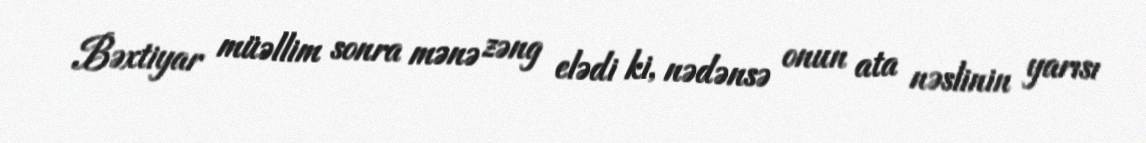
Bəxtiyar müəllim sonra mənə zəng elədi ki, nədənsə onun ata nəslinin yarısı